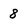
Character: 8